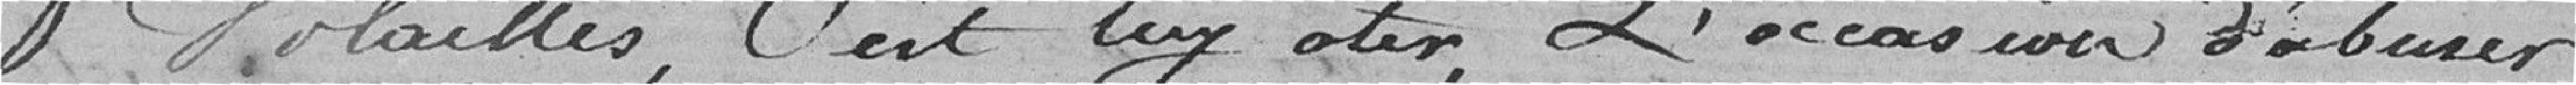
volailles, c'est lui ôter l'occasion d'abuser